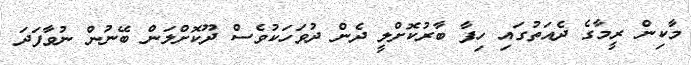
މާކިން ރީމާގެ ދެއަތުގައި ހިފާ ބާރުކޮށްލީ ދެން ދުވަހަކުވެސް ދޫކޮށްލަން ބޭނުން ނުވާފަދަ